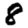
Digit: 8